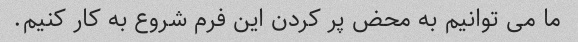
ما می توانیم به محض پر کردن این فرم شروع به کار کنیم.